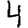
Digit: 4